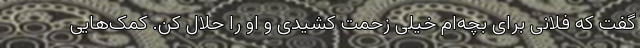
گفت که فلانی برای بچه‌ام خیلی زحمت کشیدی و او را حلال کن. کمک‌هایی